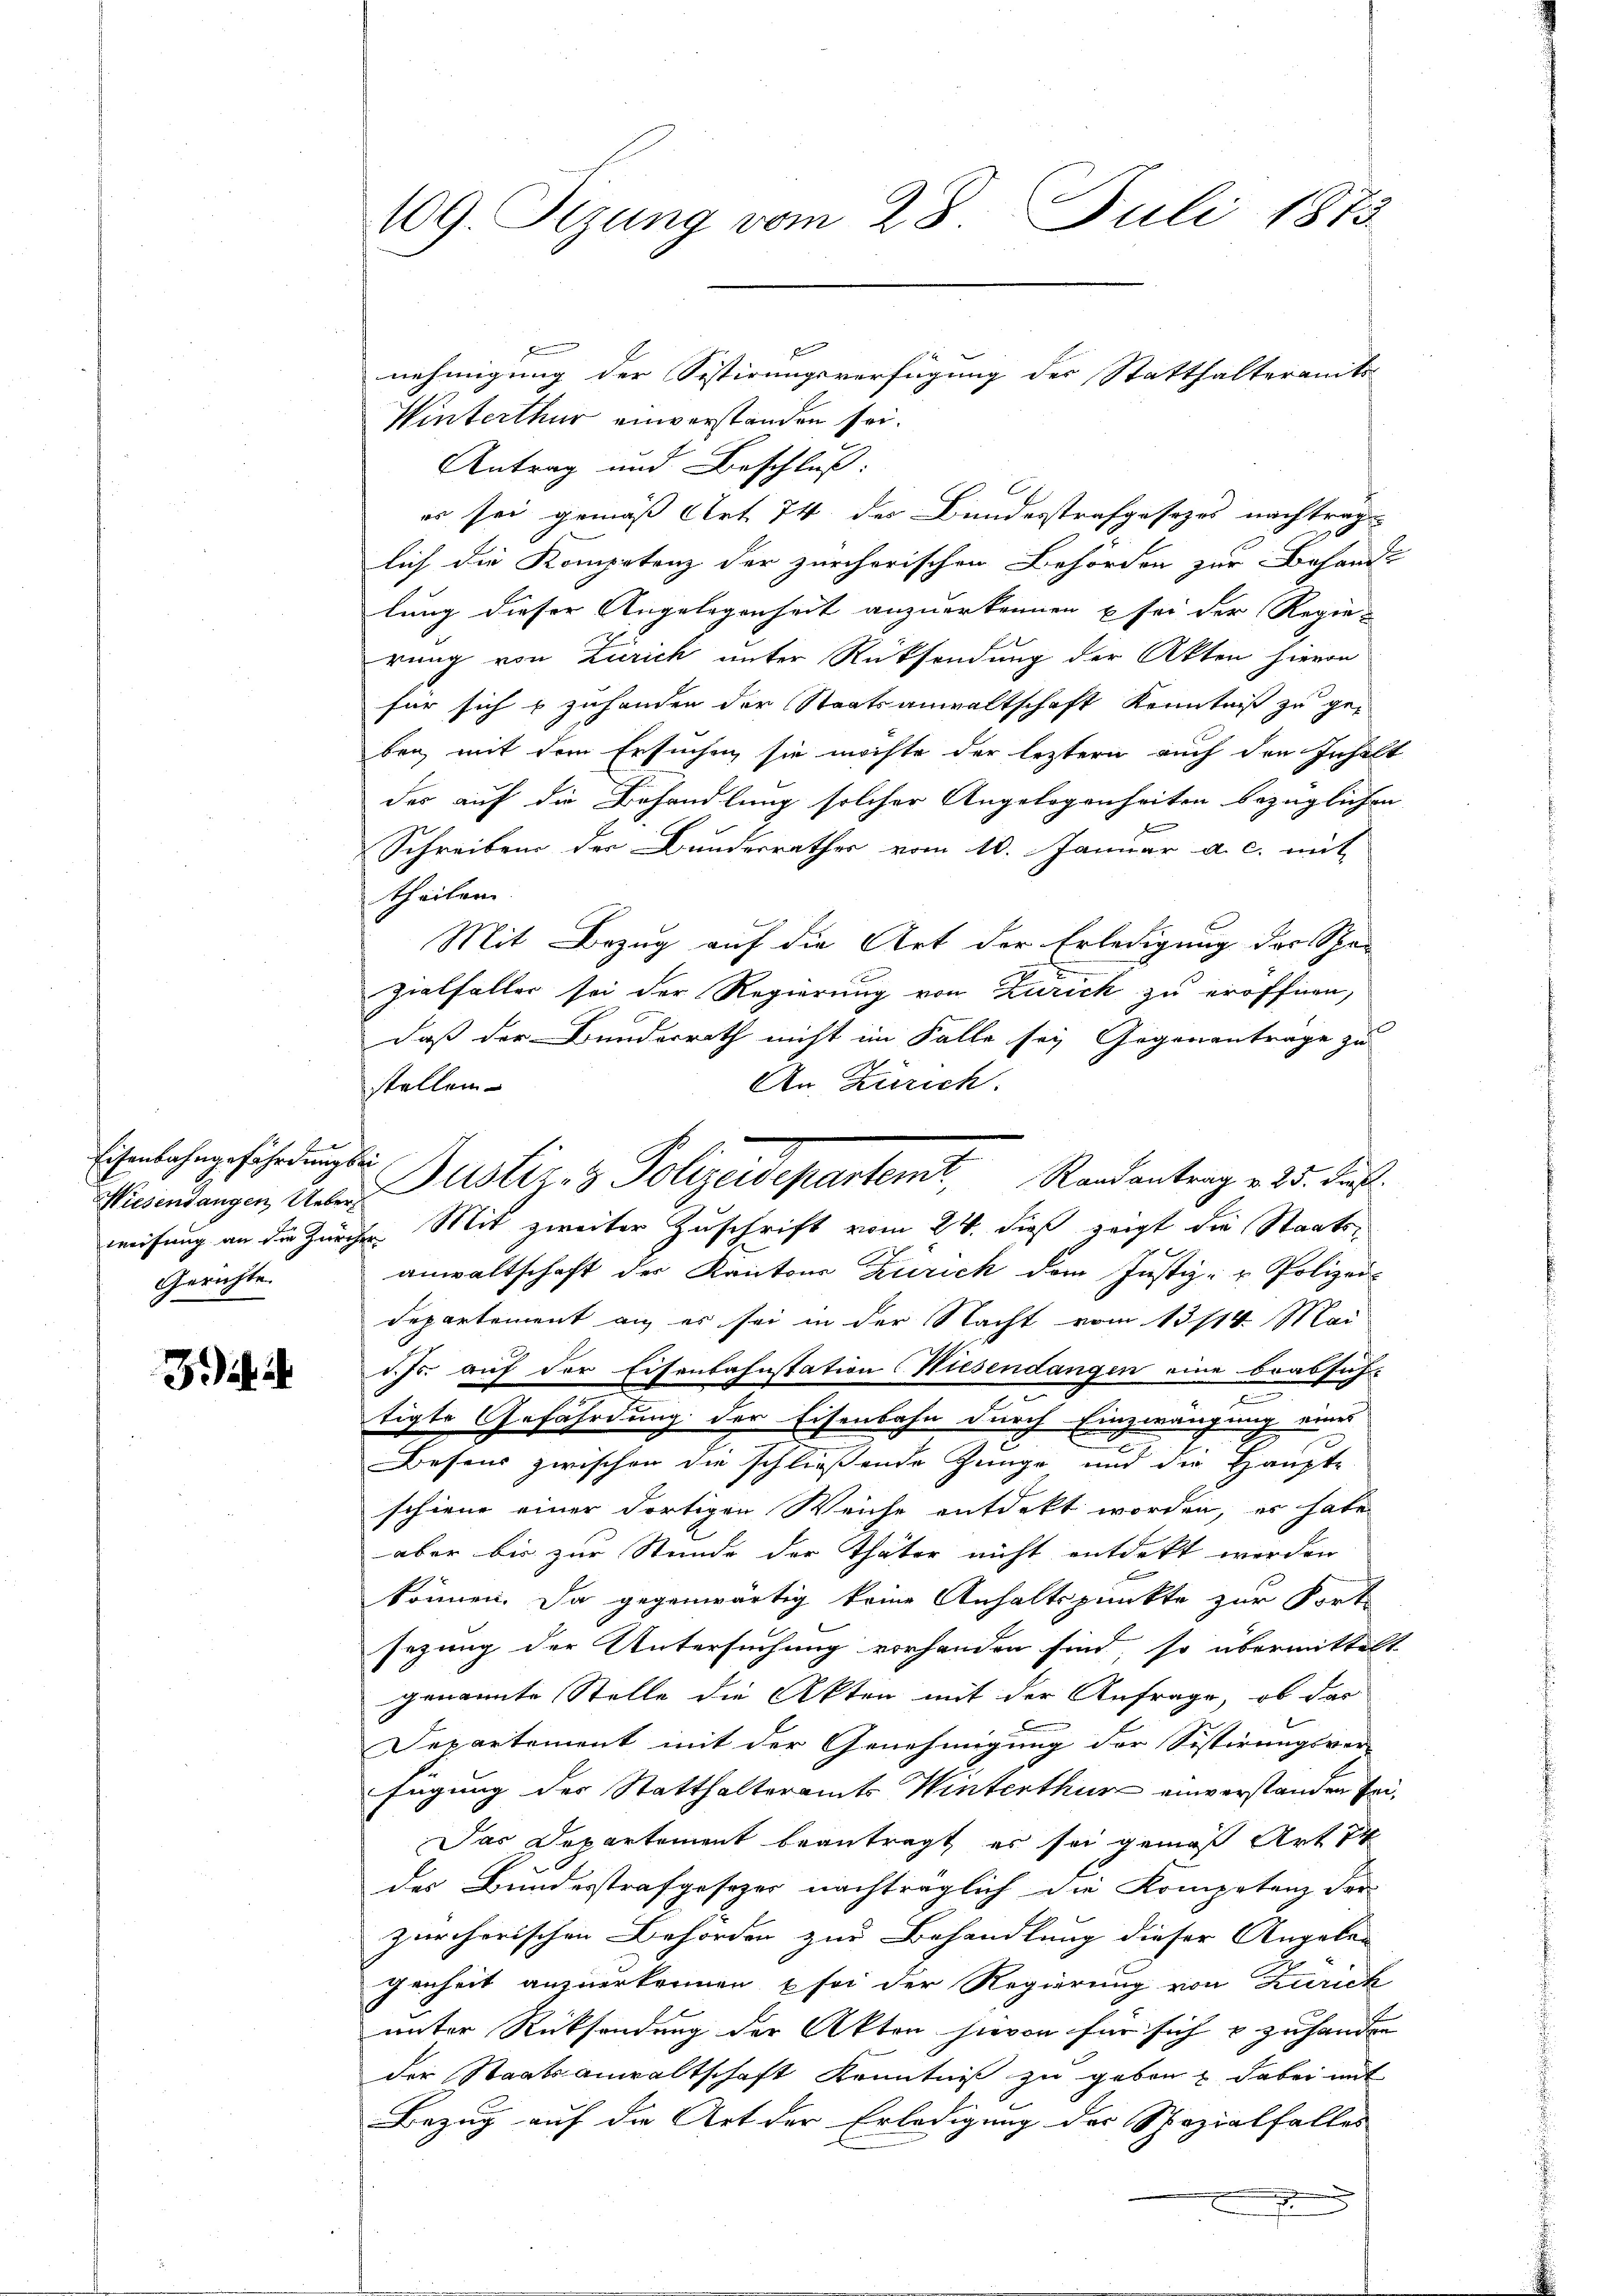
Eisenbahngefährdung sei
Gerichte.

3 i

109. Sizung vom 28. Juli 1873

Winterthur einverstanden sei.
Antrag und Beschluß:
es sei gemäß Art 74 des Bundesstrafgesezes nachtrag
lich die Kompetenz der zürcherischen Behörden zur Behandlung dieser Angelegenheit anzuerkennen u sei der Regie-
rung von Zürich unter Rücksendung der Akten hievon
für sich p zuhanden der Staatsanwaltschaft Kenntniß zu ge-
ben, mit dem Ersuchen sie möchte der leztern auch den Insole
des auf die Behandlung solcher Angelegenheiten bezüglichen
f
Schreiben der Bundesrathes vom 10. Januar a. c. mit
theilen.
Mit Bezug auf die Art der Erledigung des Scha-
zialfaller sei der Regierung von Zürich zu eröffnen,
daß der Bunderrath nicht im Falle sei Gegenantrage zu
An Zürich.
stellen
weisung an die Zürche Mit zweiter Zuschrift vom 24. dieß zeigt die Staatsanwaltschaft der Kantons Zürich dem Justiz- u Polizei-
Departement an es sei in der Nacht vom 13/14. Mai
d. Js. auf der Eisenbahnstation Wiesendangen eine beabsich-
tigte Gefährdung der Eisenbahn durch Einzwängung eines
Besens zwischen die schließende Zeuge und die Haupte
schiene einer dortigen Weiche entdekt worden, er habe
aber bis zur Stunde der Thäter nicht entdekt werden
können. Da gegenwärtig keine Anhaltspunkte zur Fort-
sezung der Untersuchung vorhanden sind, so übermittel
genannte Stelle die Akten mit der Anfrage, ob das
Departement mit der Genehmigung der Sistirungsver-
fügung der Statthalteramts Winterthur einverstanden Em¬
Das Departement beantragt, es sei gemäß Art er
des Bundesstrafgesetzer nachträglich die Kompetenz der
zürcherischen Behörden zur Behandlung dieser Angelen |
genheit anzuerkennen, u sei der Regierung von Zürich
unter Rücksendung der Akten hievon für sich & zu handern
der Staatsanwaltschaft Kenntniß zu geben, dabei mit
Bezug auf die Art der Erledigung der Spezialfalles

Husendangen iter Justiz- & Polizeidepartemt, Randantrag v. 25. Fenst

nehmigung der Sistirungsverfügung des Statthalteramts